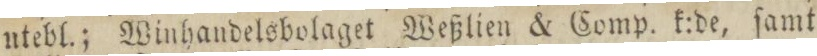
utebl; Winhandelsbolaget Weßlien & Comp. k:de, ſamt